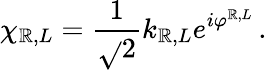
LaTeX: \chi_{\mathbb{R},L}=\frac{{1}}{{\sqrt{}{{2}}}}k_{\mathbb{R},L}e^{i\varphi^{\mathbb{R},L}}\, .